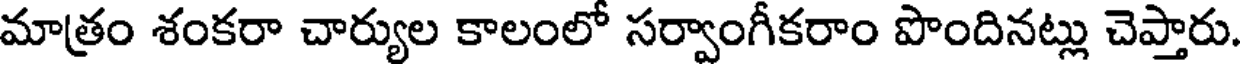
మాత్రం శంకరా చార్యుల కాలంలో సర్వాంగీకరాం పొందినట్లు చెప్తారు.